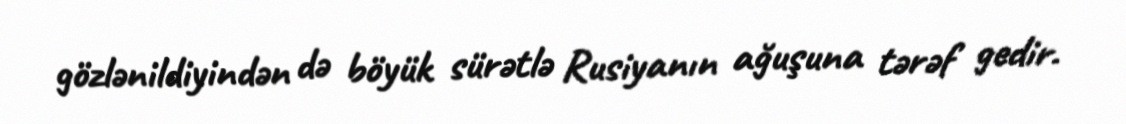
gözlənildiyindən də böyük sürətlə Rusiyanın ağuşuna tərəf gedir.